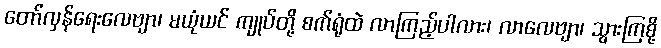
တော်လှန်ရေးလေဗျာ၊ မယုံယင် ကျုပ်တို့ စက်ရုံထဲ လာကြည့်ပါလား၊ လာလေဗျာ၊ သွားကြစို့